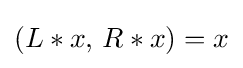
(L*x,\,R*x)=x